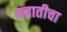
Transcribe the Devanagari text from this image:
बचातीचा